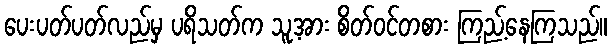
ပေးပတ်ပတ်လည်မှ ပရိသတ်က သူ့အား စိတ်ဝင်တစား ကြည့်နေကြသည်။